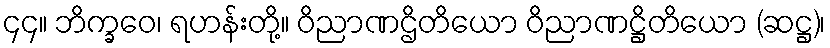
၄၄။ ဘိက္ခဝေ၊ ရဟန်းတို့။ ဝိညာဏဌိတိယော ဝိညာဏဋ္ဌိတိယော (ဆဋ္ဌ)၊